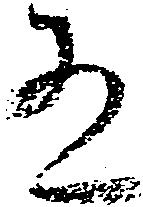
有